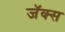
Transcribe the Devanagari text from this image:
जॅक्स